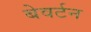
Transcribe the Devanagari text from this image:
बेवर्टन